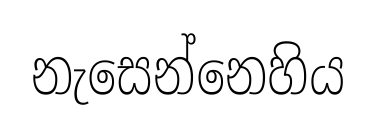
නැසෙන්නෙහිය